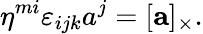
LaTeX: \eta^{mi}\varepsilon_{ijk}a^{j}=[\mathbf{a}]_{\times}.